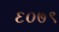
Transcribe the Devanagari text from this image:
६०७९